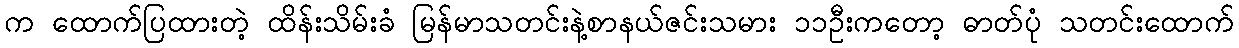
က ထောက်ပြထားတဲ့ ထိန်းသိမ်းခံ မြန်မာသတင်းနဲ့စာနယ်ဇင်းသမား ၁၁ဦးကတော့ ဓာတ်ပုံ သတင်းထောက်